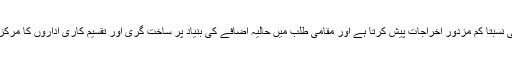
چینگ ڈو بھی نسبتاً کم مزدور اخراجات پیش کرتا ہے اور مقامی طلب میں حالیہ اضافے کی بنیاد پر ساخت گری اور تقسیم کاری اداروں کا مرکز بن چکا ہے۔